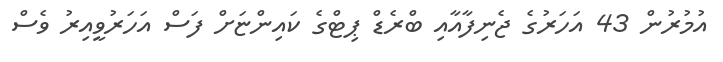
އުމުރުން 43 އަހަރުގެ ޖެނިފާއާއި ބްރެޑް ޕިޓްގެ ކައިންޏަށް ފަސް އަހަރުވީއިރު ވެސް